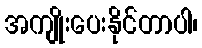
အကျိုးပေးနိုင်တာပါ၊